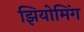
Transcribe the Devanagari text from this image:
झियोमिंग